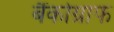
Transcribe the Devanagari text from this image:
बैंकोग्राफ